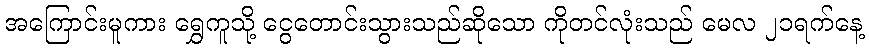
အကြောင်းမူကား ရွှေကူသို့ ငွေတောင်းသွားသည်ဆိုသော ကိုတင်လုံးသည် မေလ ၂၁ရက်နေ့